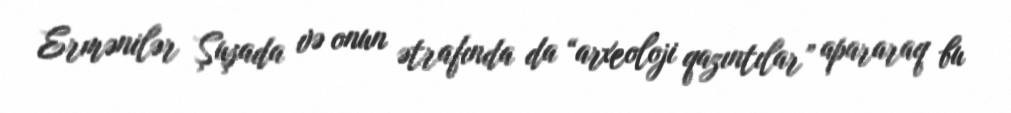
Ermənilər Şuşada və onun ətrafında da “arxeoloji qazıntılar” apararaq bu